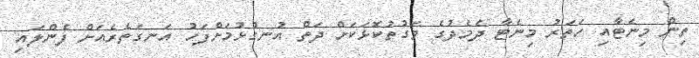
ތިން މިނެޓާއި ހަތަރު މިނެޓާ ދެމެދުގެ ވަގުތުކޮޅަކަށް ދަތް އުނގުޅުމަށްފަހު އަނގަތެރެއަށް ފެންލައި